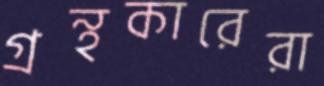
গ্রন্থকারেরা